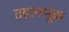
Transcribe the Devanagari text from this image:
तहानभूक